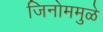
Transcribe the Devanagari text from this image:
जिनोममुळे